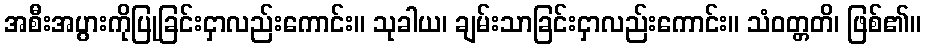
အစီးအပွားကိုပြုခြင်းငှာလည်းကောင်း။ သုခါယ၊ ချမ်းသာခြင်းငှာလည်းကောင်း။ သံဝတ္တတိ၊ ဖြစ်၏။